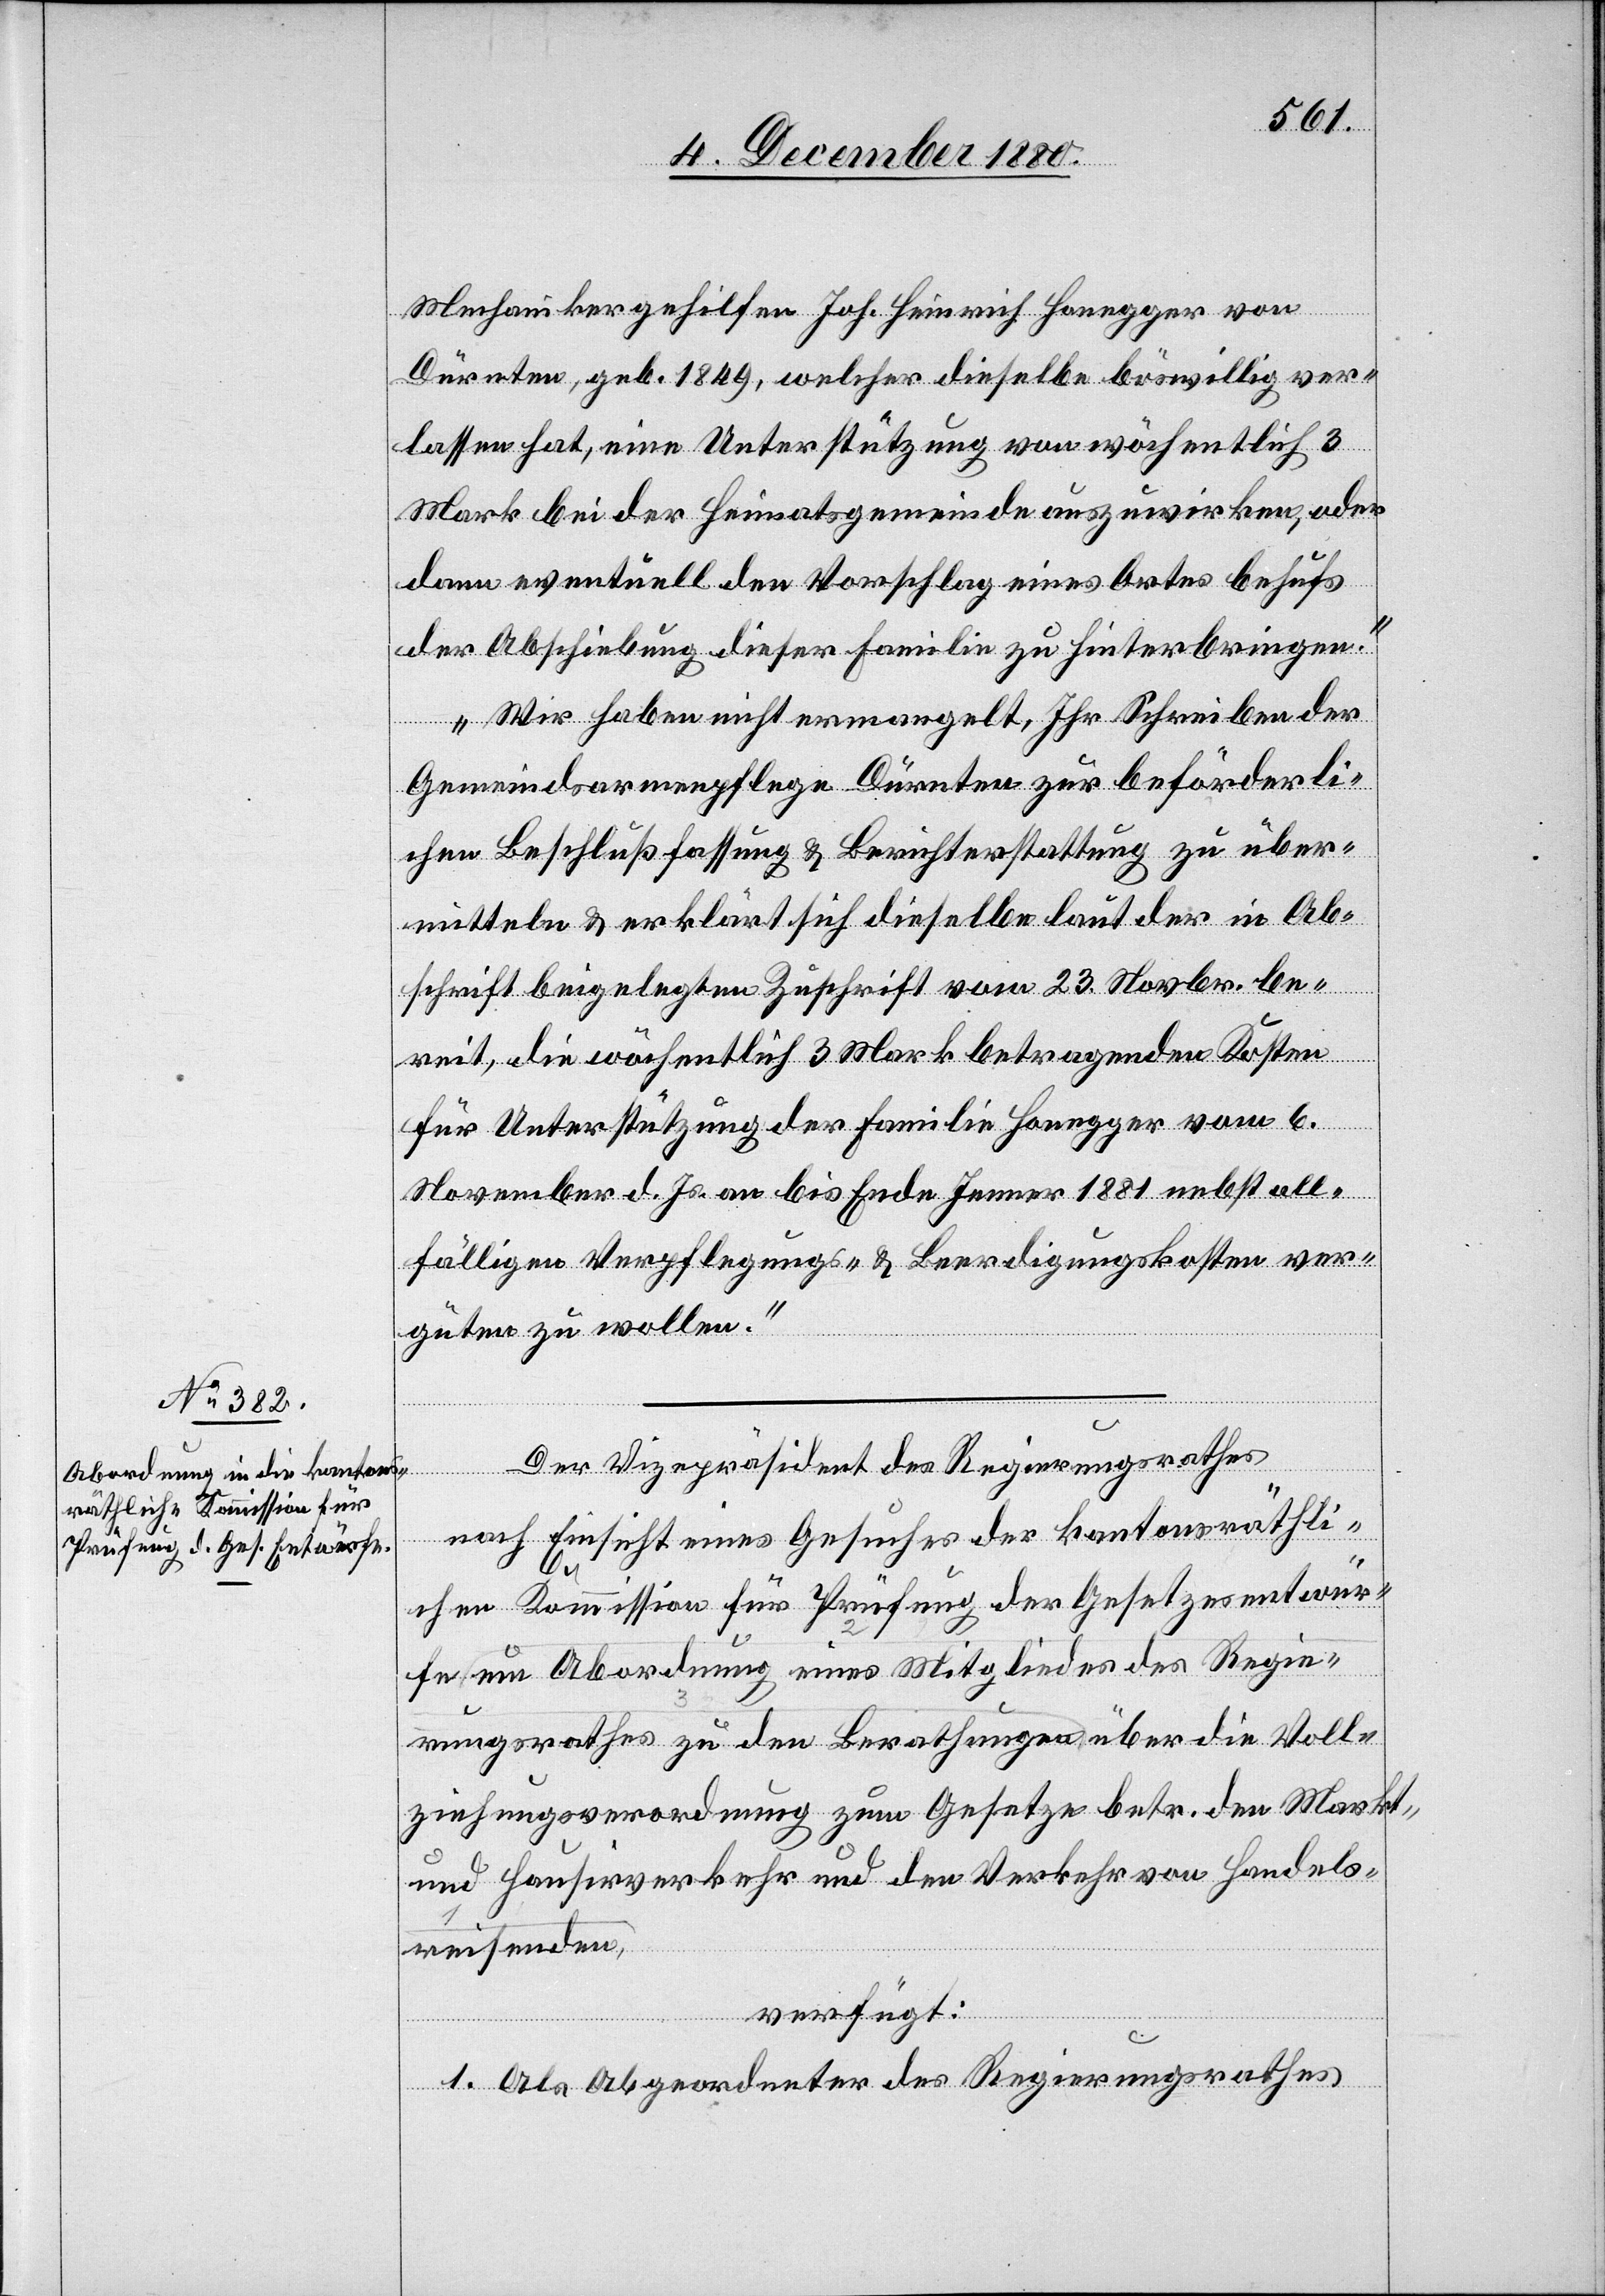
8. December 1880.]
Mechanikergehilfen Joh. Heinrich Honegger von
rathes
Dürnten, geb. 1849, welcher dieselbe böswillig ver¬
lassen hat, eine Unterstützung von wöchentlich 3
Mark bei der Heimatsgemeinde auszuwirken, oder
dann eventuell den Vorschlag eines Ortes behufs
der Abschiebung dieser Familie zu hinterbringen.
Wir haben nicht ermangelt, Ihr Schreiben der
Gemeindearmenpflege Dürnten zur beförderli¬
chen Beschlußfassung & Berichterstattung zu über¬
mitteln & erklären sich dieselben der in Ab¬
schrift beigelegten Zuschrift vom 23. Novbr. be¬
reit, die wöchentlich 3 Mark betragenden Kosten
für Unterstützung der Familie Honegger vom 6.
November d. Js. an bis Ende Jenner 1881 nebst all¬
fälligen Verpflegungs- & Beerdigungskosten ver¬
güten zu wollen.“
nach Einsicht eines Gesuches der kantonsräthli¬
chen Kommission für Prüfung der Gesetzesentwür¬
fe um Abordnung eines Mitgliedes des Regie¬
rungsrathes zu den Berathungen über die Voll¬
ziehungsverordnung zum Gesetze betr. den Markt-
und Hausirverkehr und den Verkehr von Handels¬
reisenden,
verfügt:
1. Als Abgeordneter des Regierungsrathes